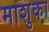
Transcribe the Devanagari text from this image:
माशुका